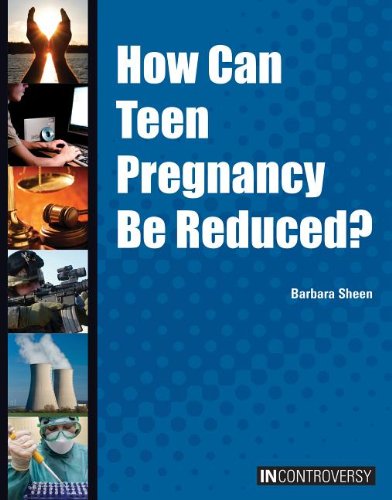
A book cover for How Can Teen Pregancy Be Reduced? (In Controversy); Barbara Sheen; Teen & Young Adult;